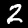
Label: 2